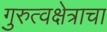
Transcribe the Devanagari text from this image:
गुरुत्वक्षेत्राचा